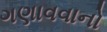
ગણાવવાનો